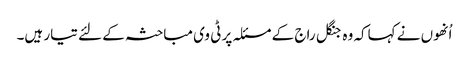
اُنھوں نے کہاکہ وہ جنگل راج کے مسئلہ پر ٹی وی مباحثہ کے لئے تیار ہیں۔